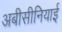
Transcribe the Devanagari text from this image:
अबीसीनियाई